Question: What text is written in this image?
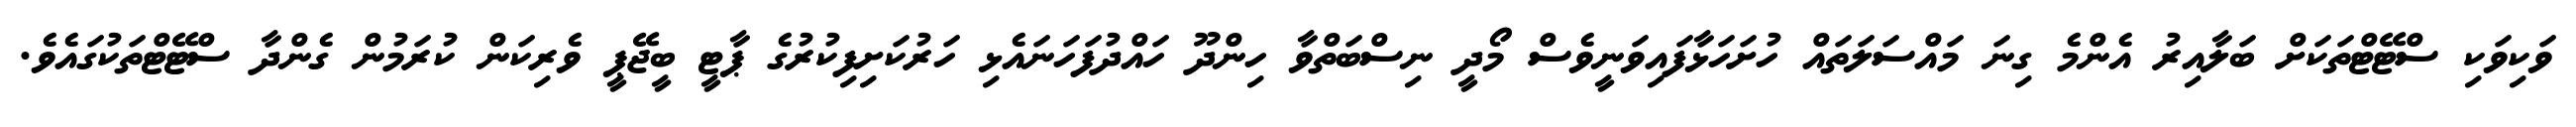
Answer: ވަކިވަކި ސްޓޭޓްތަކަށް ބަލާއިރު އެންމެ ގިނަ މައްސަލަތައް ހުށަހަޅާފައިވަނީވެސް މޯދީ ނިސްބަތްވާ ހިންދޫ ހައްދުފަހަނައެޅި ހަރުކަށިފިކުރުގެ ޕާޓީ ބީޖޭޕީ ވެރިކަން ކުރަމުން ގެންދާ ސްޓޭޓްތަކުގައެވެ.